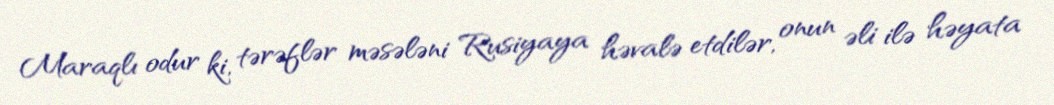
Maraqlı odur ki, tərəflər məsələni Rusiyaya həvalə etdilər, onun əli ilə həyata